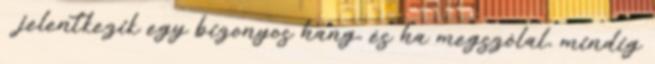
jelentkezik egy bizonyos hang, és ha megszólal, mindig